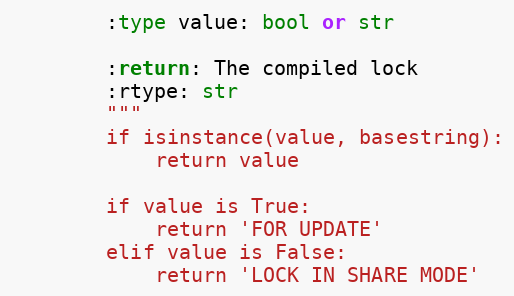
Language: Python
        :type value: bool or str

        :return: The compiled lock
        :rtype: str
        """
        if isinstance(value, basestring):
            return value

        if value is True:
            return 'FOR UPDATE'
        elif value is False:
            return 'LOCK IN SHARE MODE'